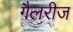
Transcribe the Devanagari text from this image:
गैलरीज